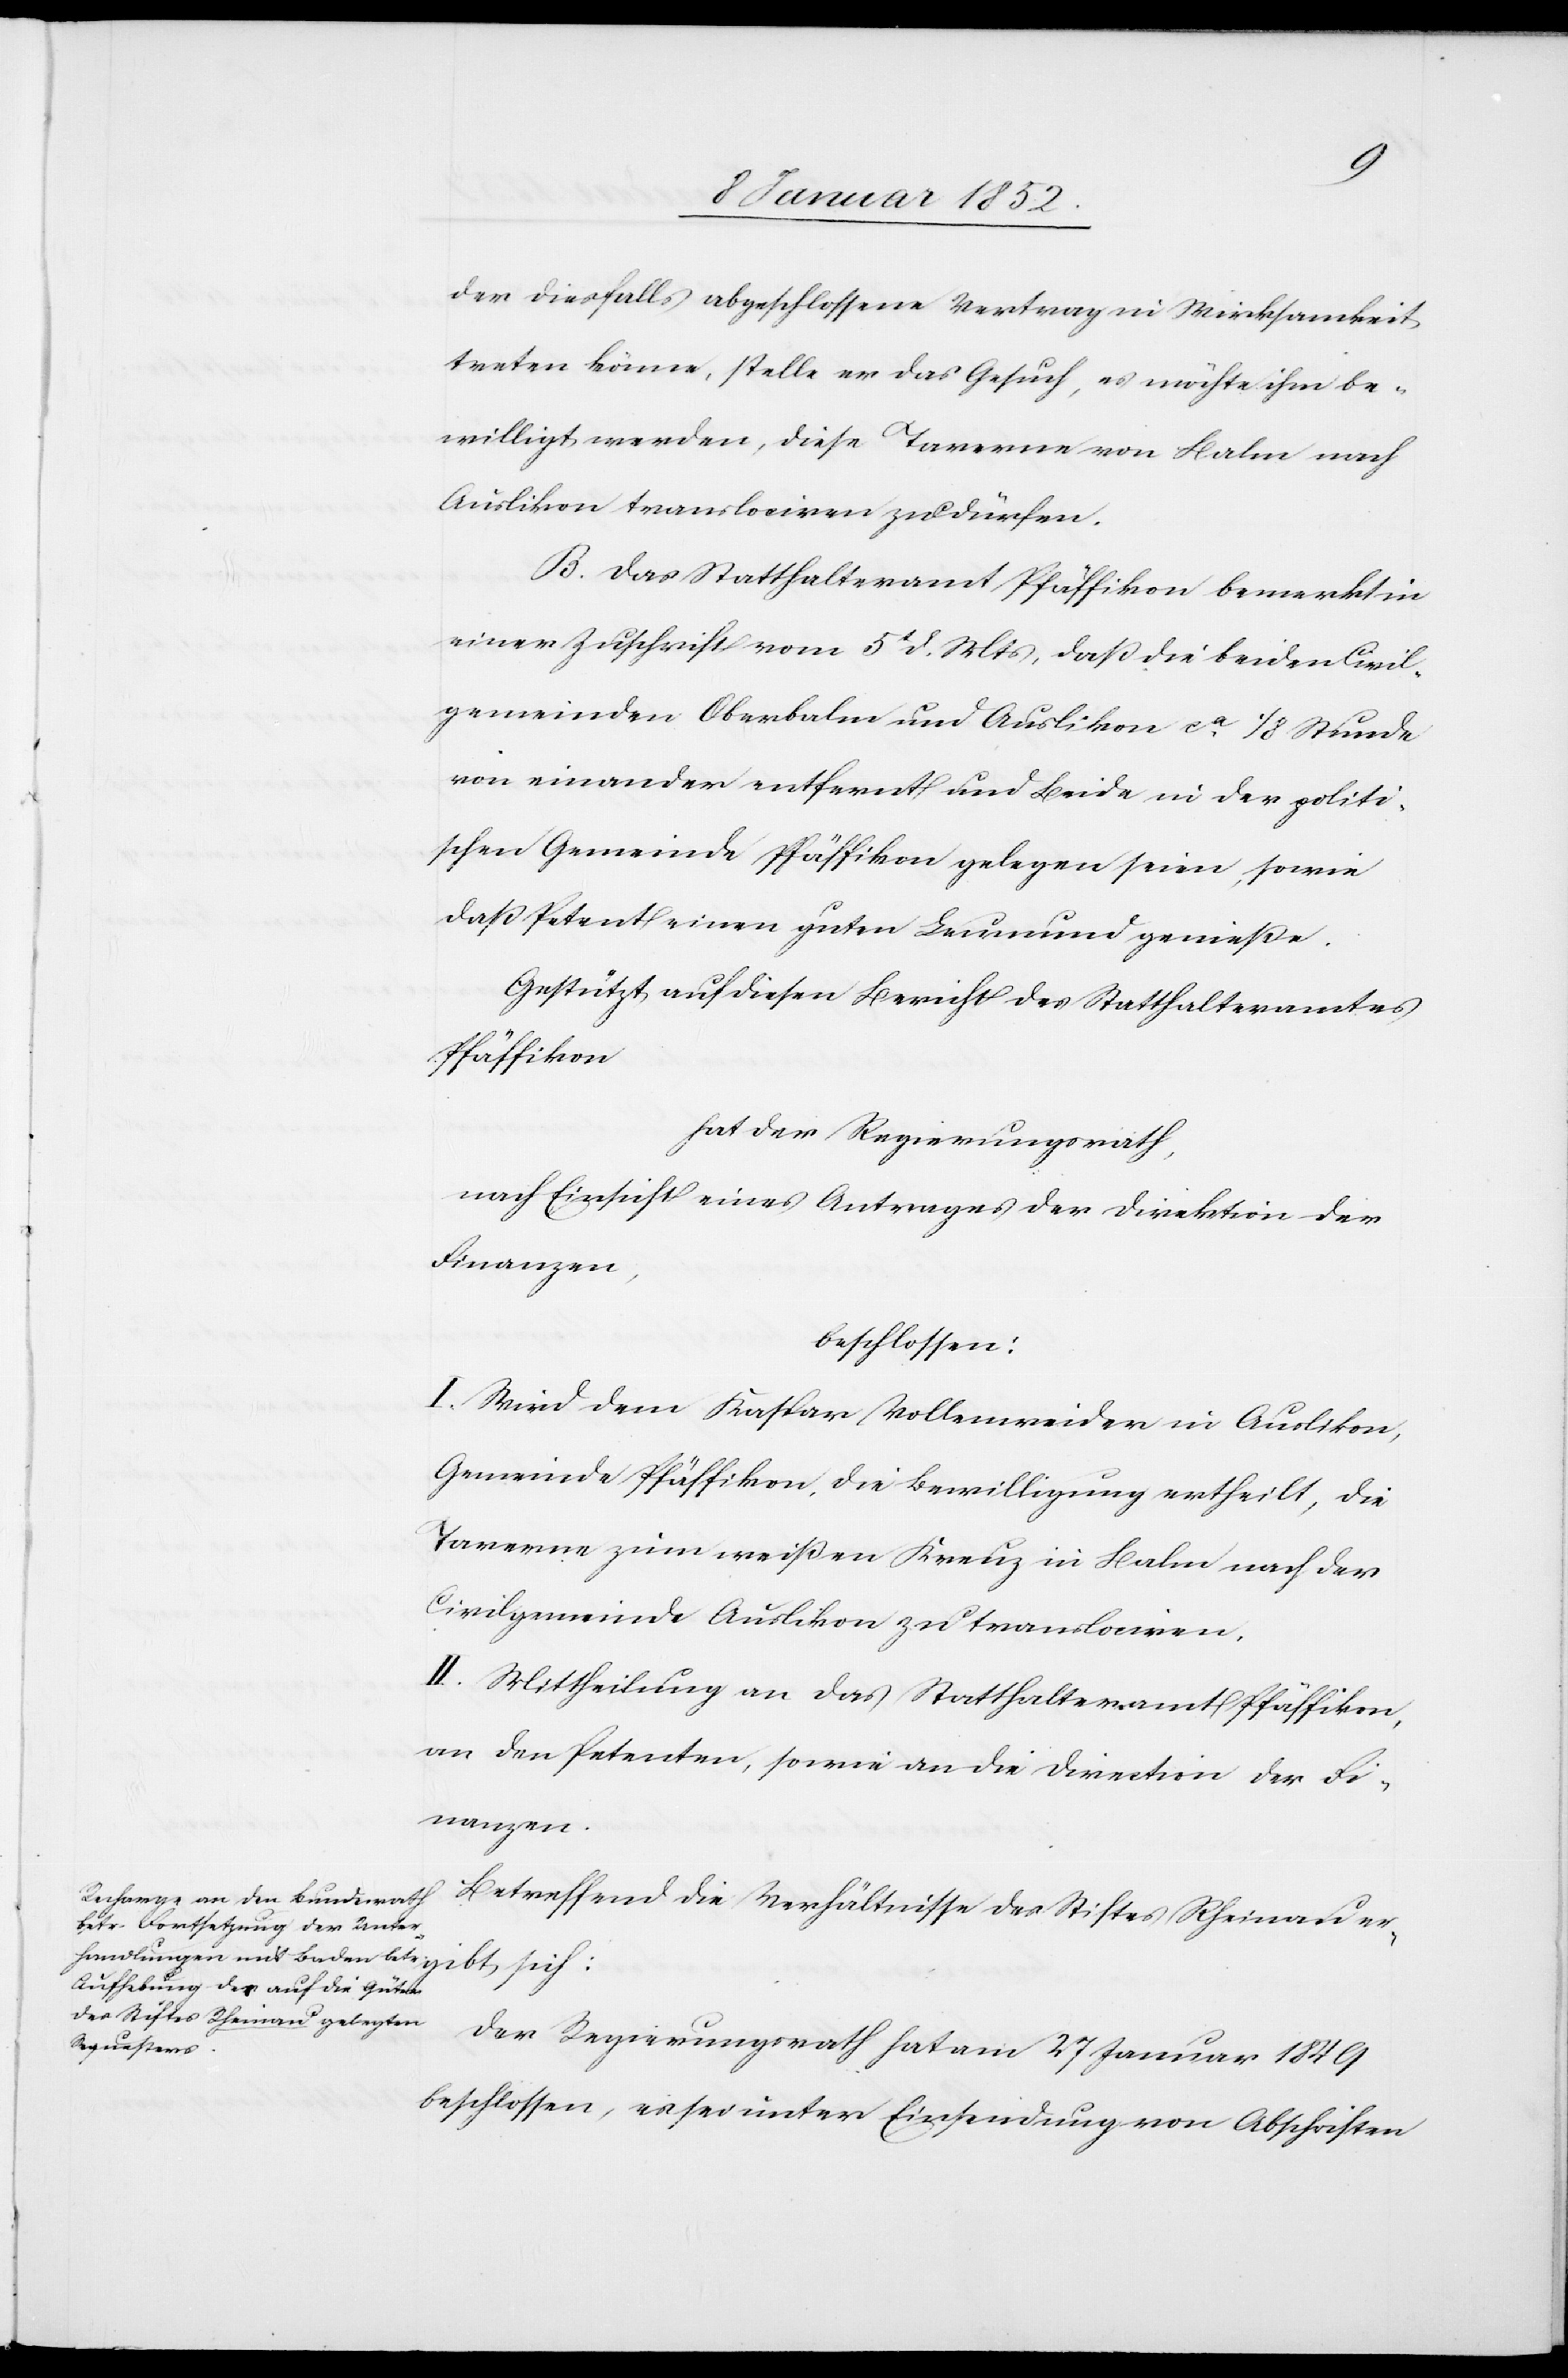
gibt
der diesfalls abgeschlossene Vertrag in Wirksamkeit
treten könne, stelle er das Gesuch, es möchte ihm be¬
willigt werden, diese Taverne von Balm nach
Auslikon translociren zu dürfen.
B. Das Statthalteramt Pfäffikon bemerkt in
einer Zuschrift vom 5t d. Mts, daß die beiden Civil¬
gemeinden Oberbalm und Auslikon Commißional-Antrag
von einander entfernt und Beide in der politi¬
schen Gemeinde Pfäffikon gelegen seien, sowie
daß Petent einen guten Leumund genieße.
Gestützt auf diesen Bericht des Statthalteramtes
Pfäffikon
hat der Regierungsrath,
nach Einsicht eines Antrages der Direktion der
Finanzen,
beschlossen:
I. Wird dem Kaspar Vollenweider in Auslikon,
Gemeinde Pfäffikon, die Bewilligung ertheilt, die
Taverne zum weißen Kreuz in Balm nach der
Civilgemeinde Auslikon zu translociren.
II. Mittheilung an das Statthalteramt Pfäffikon,
an den Petenten, sowie an die Direction der Fi¬
nanzen.
Betreffend die Verhältnisse des Stiftes Rheinau er¬
Der Regierungsrath hat am 27 Januar 1849
beschlossen, [?enseo] unter Einsendung von Abschriften